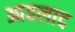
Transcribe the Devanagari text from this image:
आहलाद